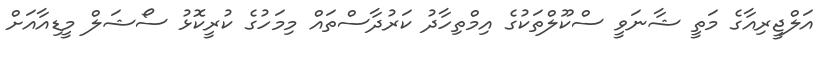
އަލްޖީރިއާގެ މަތީ ޝާނަވީ ސްކޫލްތަކުގެ އިމްތިހާދު ކަރުދާސްތައް މިމަހުގެ ކުރީކޮޅު ސޯޝަލް މީޑިއާއަށް